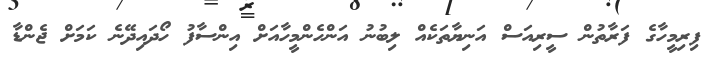
ފިރިމީހާގެ ފަރާތުން ސީރިއަސް އަނިޔާތަކެއް ލިބުނު އަންހެންމީހާއަށް އިންސާފު ހޯދައިދޭނެ ކަމަށް ޖެންޑާ